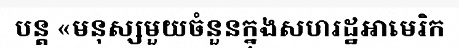
បន្ត «មនុស្សមួយចំនួនក្នុងសហរដ្ឋអាមេរិក